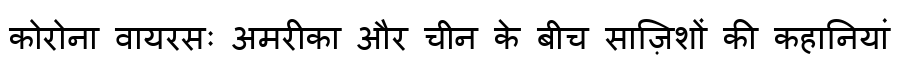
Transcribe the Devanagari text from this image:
कोरोना वायरसः अमरीका और चीन के बीच साज़िशों की कहानियां